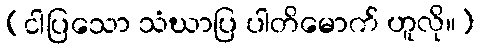
(ငါပြသော သံဃာပြ ပါတိမောက် ဟူလို။)